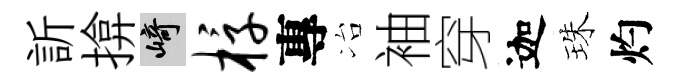
訢揜崎椁專冶袖穿迦珠灼